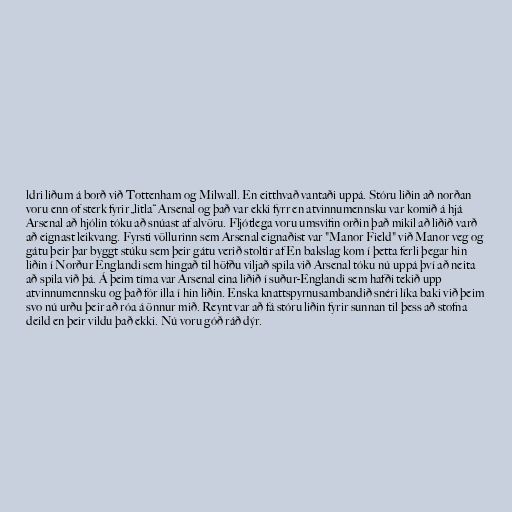
ldri liðum á borð við Tottenham og Milwall. En eitthvað vantaði uppá. Stóru liðin að norðan
voru enn of sterk fyrir „litla“ Arsenal og það var ekki fyrr en atvinnumennsku var komið á hjá
Arsenal að hjólin tóku að snúast af alvöru. Fljótlega voru umsvifin orðin það mikil að liðið varð
að eignast leikvang. Fyrsti völlurinn sem Arsenal eignaðist var "Manor Field" við Manor veg og
gátu þeir þar byggt stúku sem þeir gátu verið stoltir af En bakslag kom í þetta ferli þegar hin
liðin í Norður Englandi sem hingað til höfðu viljað spila við Arsenal tóku nú uppá því að neita
að spila við þá. Á þeim tíma var Arsenal eina liðið í suður-Englandi sem hafði tekið upp
atvinnumennsku og það fór illa í hin liðin. Enska knattspyrnusambandið snéri líka baki við þeim
svo nú urðu þeir að róa á önnur mið. Reynt var að fá stóru liðin fyrir sunnan til þess að stofna
deild en þeir vildu það ekki. Nú voru góð ráð dýr.